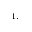
^ { 1 , }